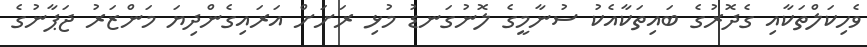
ވެހިކަލްތަކާއި ގެދޮރުގެ ބައިތަކާއެކު ސުނާމީގެ ލޮނުގަނޑު މުޅި ރަށަށް އަރައިގެންދިޔަ މަންޒަރު ޖަޕާނުގެ